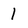
Character: l